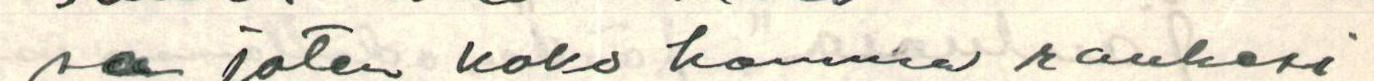
sa joten koko homma raukesi